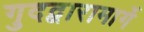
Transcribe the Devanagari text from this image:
गुदद्वारामार्गे